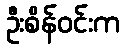
ဦးစိန်ဝင်းက